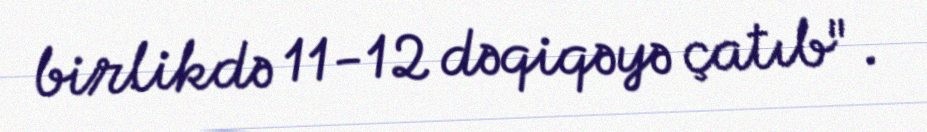
birlikdə 11-12 dəqiqəyə çatıb".